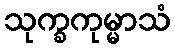
သုက္ခကုမ္မာသံ